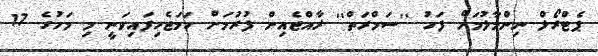
ޕެޓްރޯލް ނިންމާލުމަށް ފަހު ''ސަމްރަތް'' ރާއްޖެއިން ފުރުމަށް ހަމަޖެހިފައިވަނީ މި މަހުގެ 17